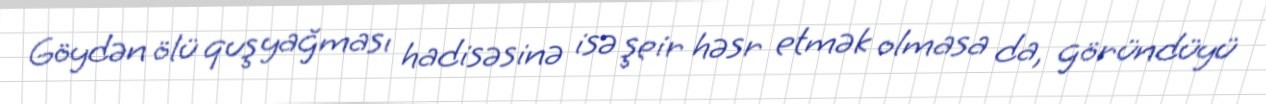
Göydən ölü quş yağması hadisəsinə isə şeir həsr etmək olmasa da, göründüyü